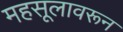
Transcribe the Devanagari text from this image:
महसूलावरून